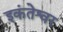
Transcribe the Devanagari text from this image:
इकंतेश्वर